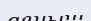
аяныш